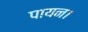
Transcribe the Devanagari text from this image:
पायन।